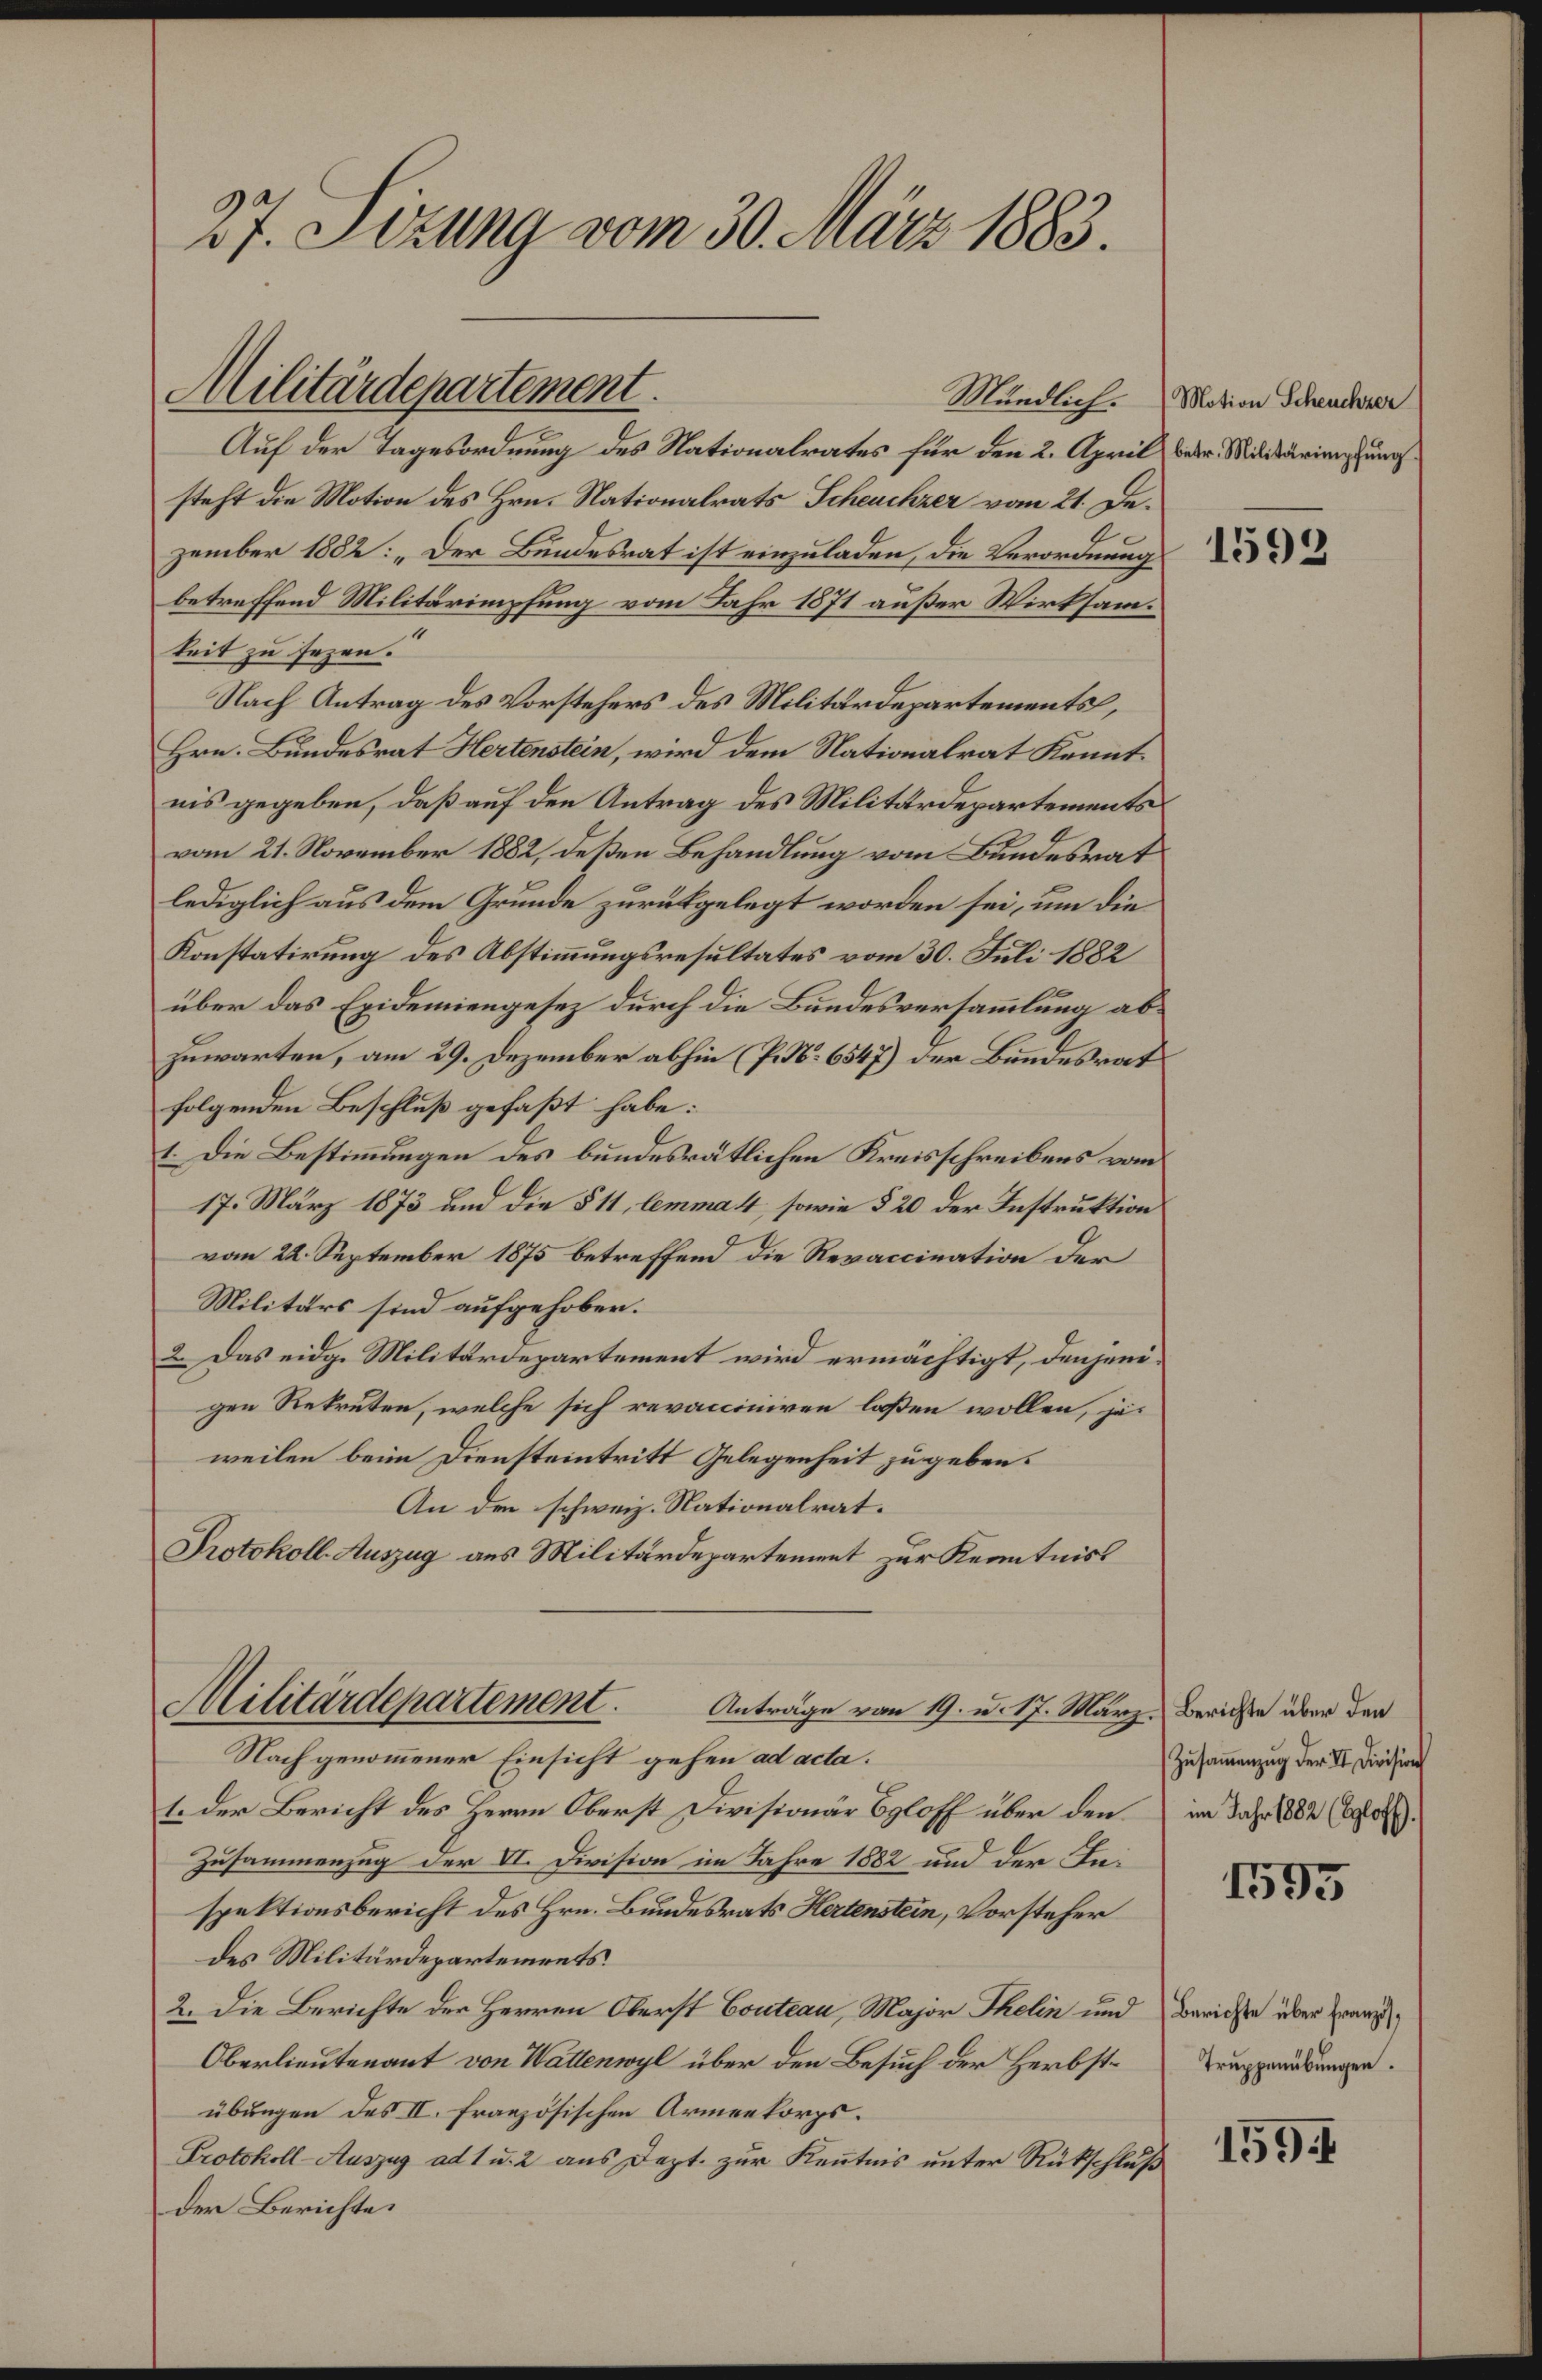
27. Sizung vom 30. März 1883.

Militärdepartement.

Auf der Tagesordnung des Nationalrates für den 2. April betr. Militarien unsteht die Motion des Hrn. Nationalrats Scheuchzer vom 21. De-
zember 1882: „Der Bundesrat ist einzuladen, die Verordnung
betreffend Militärimpfung vom Jahr 1871 außer Wirksamkeit zu sezen.
Nach Antrag des Vorstehers des Militärdepartements,
Hrn. Bundesrat Hertenstein, wird dem Nationalrat Kenntnis gegeben, daß auf den Antrag des Militärdepartements
vom 21. November 1882, deßen Behandlung vom Bundesrat
lediglich aus dem Grunde zurückgelegt worden sei, um die
Konstatirung des Abstimmungsresultates vom 30. Juli 1882
über das Exidemiengesez durch die Bundesversammlung abzuwarten, am 29. Dezember abhin (P. Nr. 6547) der Bundesrat
folgenden Beschluß gefaßt habe:
1. Die Bestimmungen des bundesrätlichen Kreisschreibens vom
17. März 1873 und die § 11, lemma 4, sowie § 20 der Instruktion
vom 22. September 1875 betreffend die Revaccination der
Militärs sind aufgehoben.
2. Das eidge Militärdepartement wird ermächtigt, denjenigen Rekruten, welche sich revacciniren laßen wollen, jeweilen beim Diensteintritt Gelegenheit zu geben.
An den schweiz. Nationalrat.
Protokoll-Auszug aus Militärdepartement zur Kenntniss

Militärdepartement.
Anträge von 19. u. 17. März, Berichte über den

Nach genommener Einsicht gehen ad acta.
1. Der Bericht des Herrn Oberst Divisionär Byloff über den im Jahr 1882 (690.
Zusammenzug der VI. Division im Jahre 1882 und der Inspektionsbericht des Hrn. Bundesrats Hertenstein, Vorsteher
des Militärdepartements.
2. Die Berichte der Herren Oberst Couteau, Major Thelin und Berichte über franz¬
Oberlieutenant von Wattenwyl über den Besuch der Herbstübungen des II. Französischen Armeekorps.
Protokoll-Auszug ad 1 u. 2 aus Dept. zur Kenntnis unter Rückschluß
der Berichte.

Mündlich. Motion Scheuchzer

1592

Zusammenzug der II. Division

1595

Truppenübungen.

159.